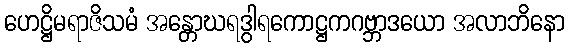
ဟေဋ္ဌိမရာဇိသမံ အန္တောဃရဒွါရကောဋ္ဌကဂဗ္ဘာဒယော အလာဘိနော